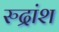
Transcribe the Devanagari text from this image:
रुद्रांश